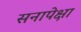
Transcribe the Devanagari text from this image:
सनापेक्षा